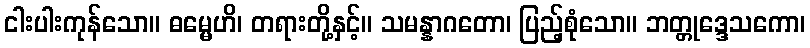
ငါးပါးကုန်သော။ ဓမ္မေဟိ၊ တရားတို့နှင့်။ သမန္နာဂတော၊ ပြည့်စုံသော။ ဘတ္တုဒ္ဒေသကော၊